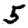
Digit: 5